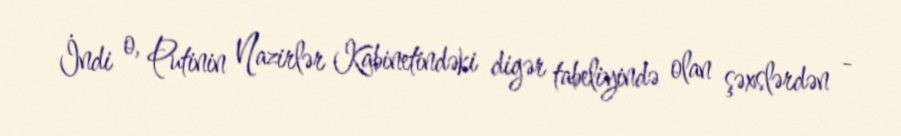
İndi o, Putinin Nazirlər Kabinetindəki digər tabeliyində olan şəxslərdən -